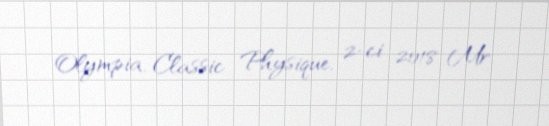
Olympia, Classic Physique, 2-ci 2018 Mr.